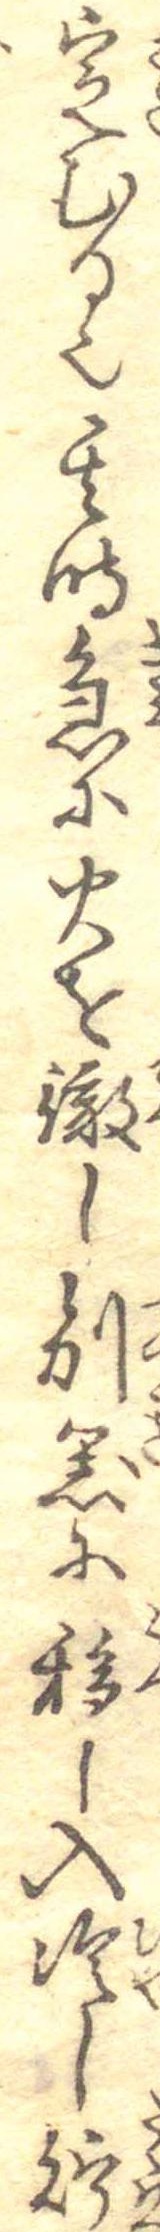
定むる也其時急に火を撤し別器に移し入冷し貯